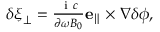
\begin{array} { r } { \delta \boldsymbol { \xi } _ { \perp } = \frac { \mathrm { ~ i ~ } c } { \partial \omega B _ { 0 } } \mathbf { e } _ { \parallel } \times \nabla \delta \phi , } \end{array}